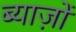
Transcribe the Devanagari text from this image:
ब्याज़ों